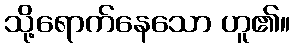
သို့ရောက်နေသော ဟူ၏။